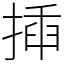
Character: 揷